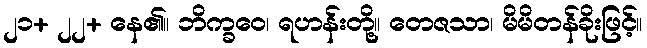
၂၁+ ၂၂+ နေ၏။ ဘိက္ခဝေ၊ ရဟန်းတို့။ တေဇသာ၊ မိမိတန်ခိုးဖြင့်။